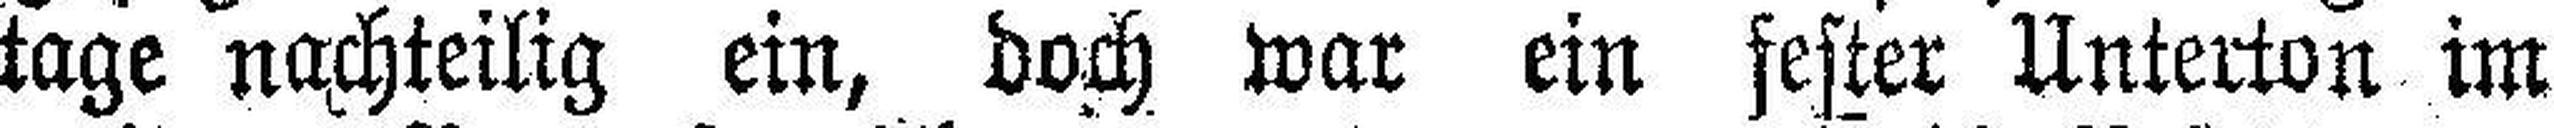
tage nachteilig ein, doch war ein fester Unterton im